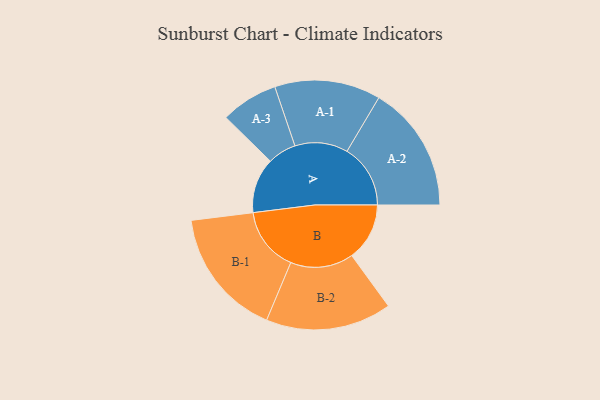
{"axis": {"x": "Segment", "y": "Value"}, "legend": ["", "A", "B"], "data": [{"x": "A", "y": 233, "type": ""}, {"x": "B", "y": 244, "type": ""}, {"x": "A-1", "y": 224, "type": "A"}, {"x": "A-2", "y": 268, "type": "A"}, {"x": "A-3", "y": 121, "type": "A"}, {"x": "B-1", "y": 272, "type": "B"}, {"x": "B-2", "y": 266, "type": "B"}]}